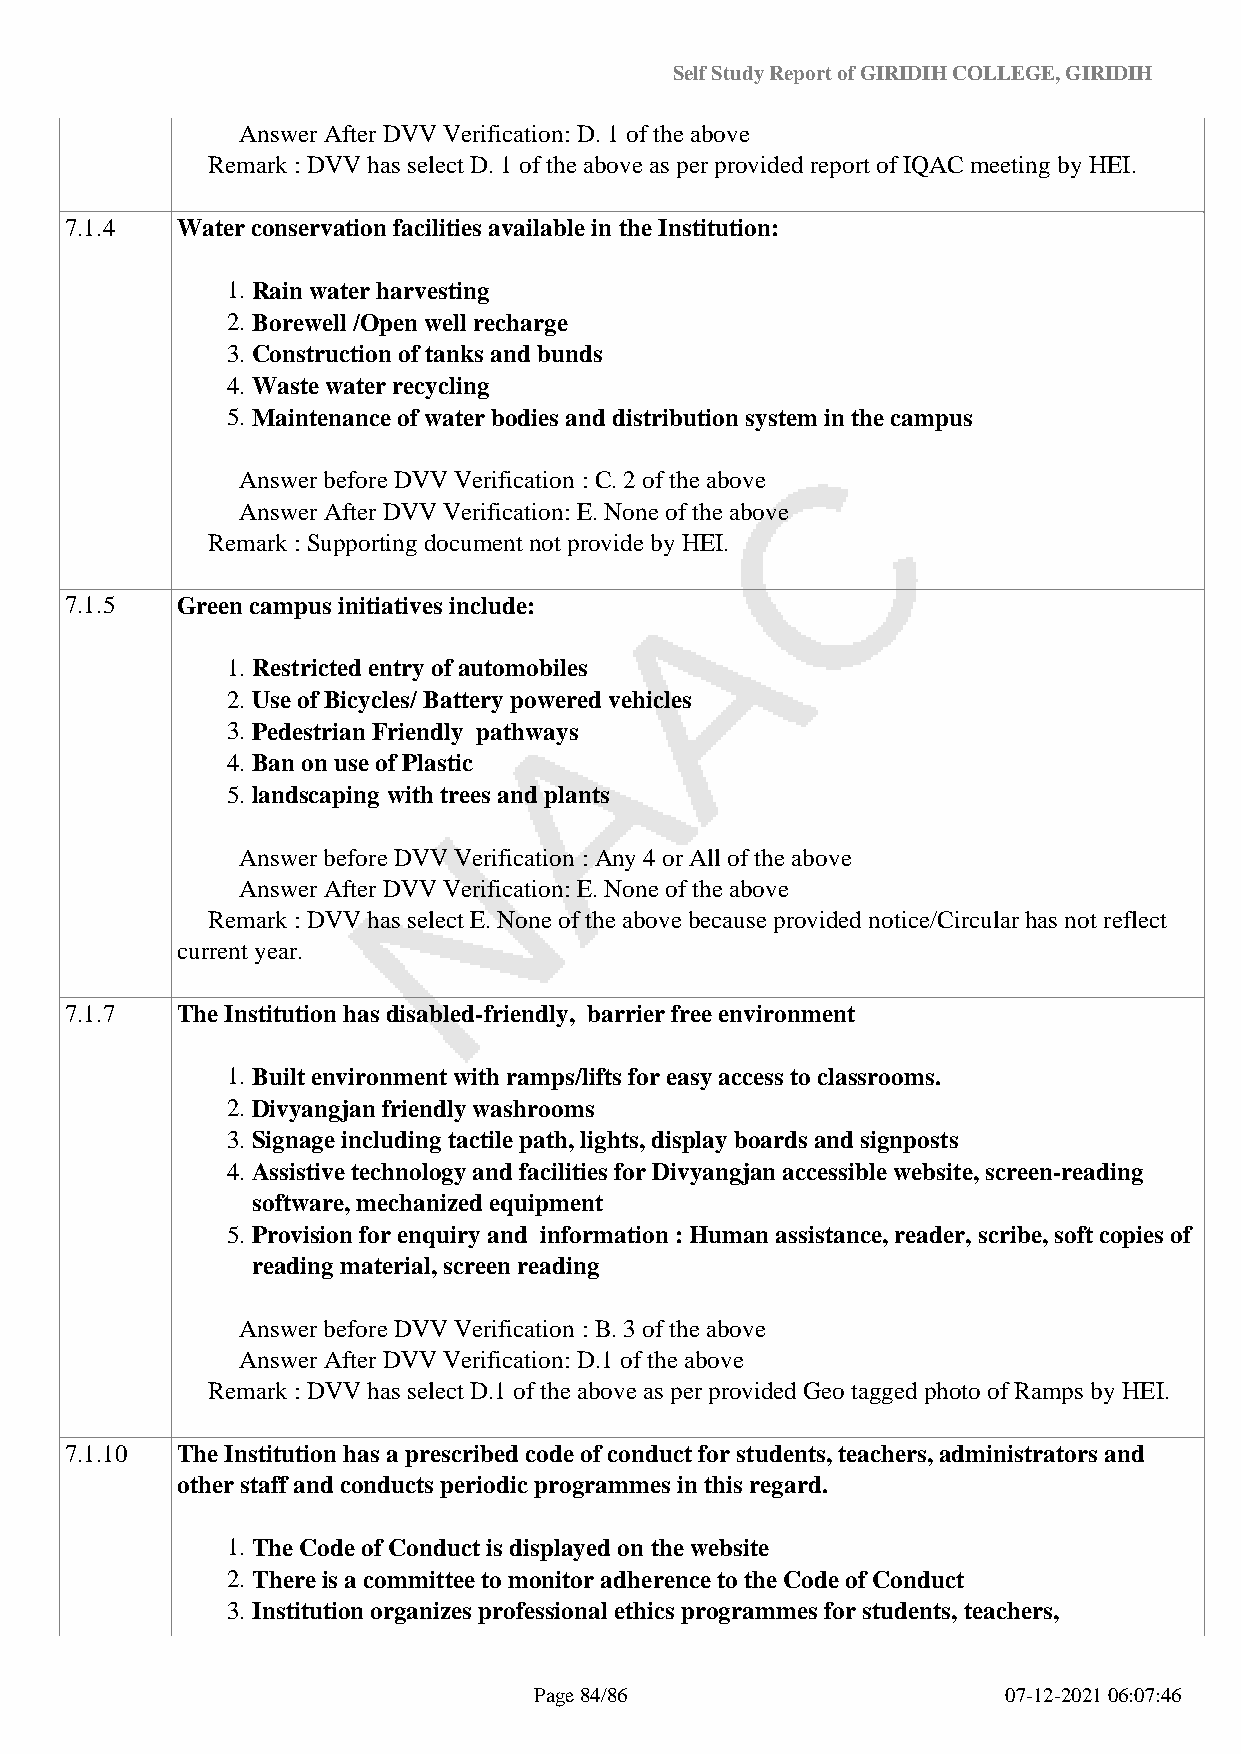
Self Study Report of GIRIDIH COLLEGE, GIRIDIH
 Answer After DVV Verification: D. 1 of the above
 Remark : DVV has select D. 1 of the above as per provided report of IQAC meeting by HEI.
 7.1.4   Water conservation facilities available in the Institution:
 1. Rain water harvesting
 2. Borewell /Open well recharge
 3. Construction of tanks and bunds
 4. Waste water recycling
 5. Maintenance of water bodies and distribution system in the campus
 Answer before DVV Verification : C. 2 of the above
 Answer After DVV Verification: E. None of the above
 Remark : Supporting document not provide by HEI.
 7.1.5   Green campus initiatives include:
 1. Restricted entry of automobiles
 2. Use of Bicycles/ Battery powered vehicles
 3. Pedestrian Friendly pathways
 4. Ban on use of Plastic
 5. landscaping with trees and plants
 Answer before DVV Verification : Any 4 or All of the above
 Answer After DVV Verification: E. None of the above
 Remark : DVV has select E. None of the above because provided notice/Circular has not reflect
 current year.
 7.1.7   The Institution has disabled-friendly, barrier free environment
 1. Built environment with ramps/lifts for easy access to classrooms.
 2. Divyangjan friendly washrooms
 3. Signage including tactile path, lights, display boards and signposts
 4. Assistive technology and facilities for Divyangjan accessible website, screen-reading
 software, mechanized equipment
 5. Provision for enquiry and information : Human assistance, reader, scribe, soft copies of
 reading material, screen reading
 Answer before DVV Verification : B. 3 of the above
 Answer After DVV Verification: D.1 of the above
 Remark : DVV has select D.1 of the above as per provided Geo tagged photo of Ramps by HEI.
 7.1.10  The Institution has a prescribed code of conduct for students, teachers, administrators and
 other staff and conducts periodic programmes in this regard.
 1. The Code of Conduct is displayed on the website
 2. There is a committee to monitor adherence to the Code of Conduct
 3. Institution organizes professional ethics programmes for students, teachers,
 Page 84/86                      07-12-2021 06:07:46